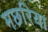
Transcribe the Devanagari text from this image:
मछरिया